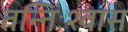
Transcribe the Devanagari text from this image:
तन्निःश्वास